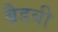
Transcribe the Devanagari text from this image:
ब्रैडबी